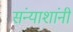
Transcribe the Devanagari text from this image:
संन्याशांनी